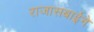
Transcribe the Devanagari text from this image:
राजासबाईने